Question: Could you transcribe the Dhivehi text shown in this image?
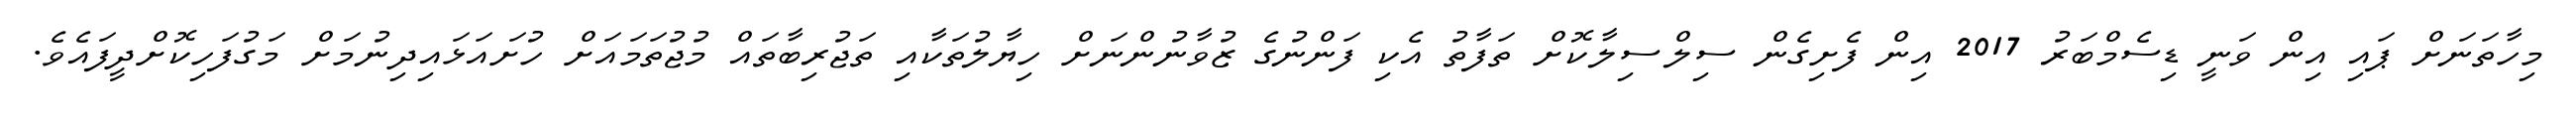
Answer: މިހާތަނަށް ޕައި އިން ވަނީ ޑިސެމްބަރު 2017 އިން ފެށިގެން ސިލްސިލާކޮށް ތަފާތު އެކި ފަންނުގެ ޒުވާނުންނަށް ހިޔާލުތަކާއި ތަޖުރިބާތައް މުޖުތަމައަށް ހުށައަޅައިދިނުމަށް މަގުފަހިކޮށްދީފައެވެ.